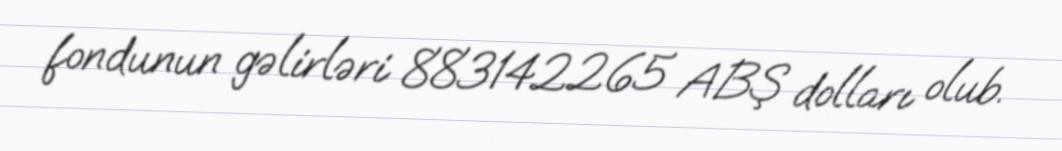
fondunun gəlirləri 883142265 ABŞ dolları olub.